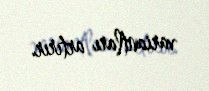
variantları artırır.